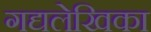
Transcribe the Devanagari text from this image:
गद्यलेखिका